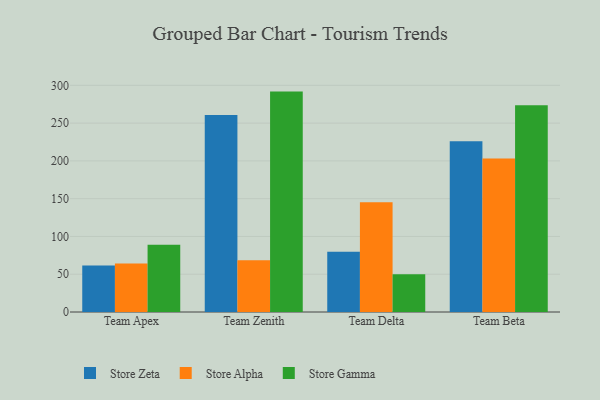
{"axis": {"x": "Team", "y": "Budget (USD K)"}, "legend": ["Store Alpha", "Store Gamma", "Store Zeta"], "data": [{"x": "Team Apex", "y": 61.6, "type": "Store Zeta"}, {"x": "Team Apex", "y": 64.3, "type": "Store Alpha"}, {"x": "Team Apex", "y": 89.1, "type": "Store Gamma"}, {"x": "Team Zenith", "y": 260.7, "type": "Store Zeta"}, {"x": "Team Zenith", "y": 68.5, "type": "Store Alpha"}, {"x": "Team Zenith", "y": 291.7, "type": "Store Gamma"}, {"x": "Team Delta", "y": 79.8, "type": "Store Zeta"}, {"x": "Team Delta", "y": 145.2, "type": "Store Alpha"}, {"x": "Team Delta", "y": 50.0, "type": "Store Gamma"}, {"x": "Team Beta", "y": 225.9, "type": "Store Zeta"}, {"x": "Team Beta", "y": 203.0, "type": "Store Alpha"}, {"x": "Team Beta", "y": 273.6, "type": "Store Gamma"}]}